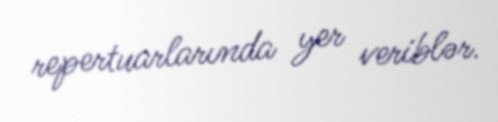
repertuarlarında yer veriblər.